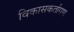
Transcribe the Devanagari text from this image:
विकासकर्तागण